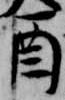
酉